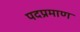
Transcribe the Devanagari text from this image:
पदप्रमाण